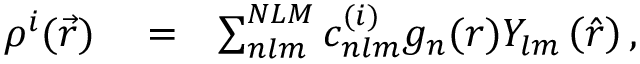
\begin{array} { r l r } { \rho ^ { { } i } ( \vec { r } ) } & { { } = } & { \sum _ { n l m } ^ { N L M } c _ { n l m } ^ { ( i ) } g _ { n } ( r ) Y _ { l m } \left( \hat { r } \right) , } \end{array}